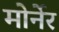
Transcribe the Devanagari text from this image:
मोर्नेर